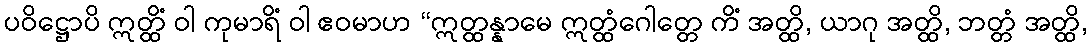
ပဝိဋ္ဌောပိ ဣတ္ထိံ ဝါ ကုမာရိံ ဝါ ဧဝမာဟ “ဣတ္ထန္နာမေ ဣတ္ထံဂေါတ္တေ ကိံ အတ္ထိ, ယာဂု အတ္ထိ, ဘတ္တံ အတ္ထိ,